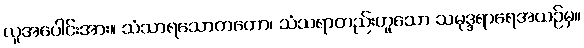
လူအပေါင်းအား။ သံသာရသောတတော၊ သံသရာတည်းဟူသော သမုဒ္ဒရာရေအယဉ်မှ။